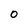
Character: 0